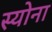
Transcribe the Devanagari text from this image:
स्योना